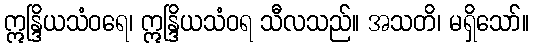
ဣန္ဒြိယသံဝရေ၊ ဣန္ဒြိယသံဝရ သီလသည်။ အသတိ၊ မရှိသော်။